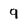
Character: 9